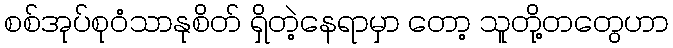
စစ်အုပ်စုဝံသာနုစိတ် ရှိတဲ့နေရာမှာ တော့ သူတို့တတွေဟာ